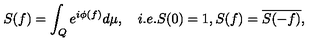
S ( f ) = \int _ { Q } e ^ { i \phi ( f ) } d \mu , \quad i . e . S ( 0 ) = 1 , S ( f ) = \overline { { S ( - f ) } } , \nonumber